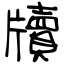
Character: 牘